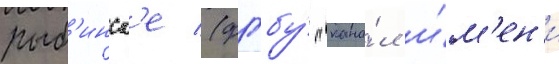
рыб'инск'е (фгбу́ "кана́л и́м'ен'и